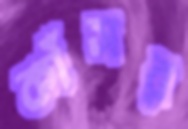
কাঁসর